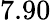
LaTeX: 7.90